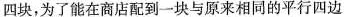
四块，为了能在商店配到一块与原来相同的平行四边